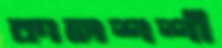
কালশশী